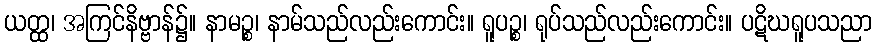
ယတ္ထ၊ အကြင်နိဗ္ဗာန်၌။ နာမဉ္စ၊ နာမ်သည်လည်းကောင်း။ ရူပဉ္စ၊ ရုပ်သည်လည်းကောင်း။ ပဋိဃရူပသညာ